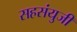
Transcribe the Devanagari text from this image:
सहसंयुजी